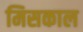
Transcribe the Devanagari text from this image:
मिसकाल